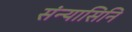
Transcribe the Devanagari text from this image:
संन्यासिनि